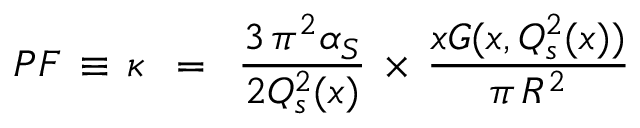
P F \, \equiv \, \kappa \, \, \, = \, \, \, \frac { 3 \, \pi ^ { 2 } \alpha _ { S } } { 2 Q _ { s } ^ { 2 } ( x ) } \, \times \, \frac { x G ( x , Q _ { s } ^ { 2 } ( x ) ) } { \pi \, R ^ { 2 } } \, \,